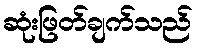
ဆုံးဖြတ်ချက်သည်